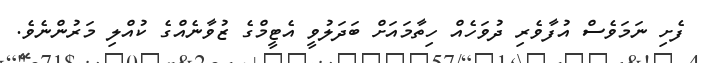
ފެށި ނަމަވެސް އުފާވެރި ދުވަހެއް ހިތާމައަށް ބަދަލުވީ އެޓީމްގެ ޒުވާނެއްގެ ކުއްލި މަރުންނެވެ.